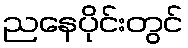
ညနေပိုင်းတွင်